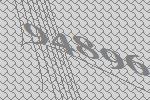
94896